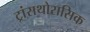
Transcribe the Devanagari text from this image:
ट्रांसथोरासिक